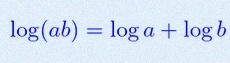
\log(ab)=\log a+\log b